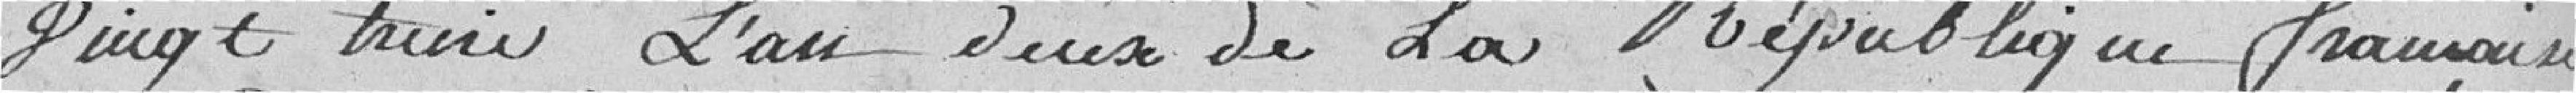
vingt treize L'an deux de la République française